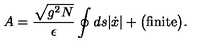
A = \frac { \sqrt { g ^ { 2 } N } } { \epsilon } \oint d s | \dot { x } | + \big ( \mathrm { f i n i t e } \big ) .